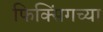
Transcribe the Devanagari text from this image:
फिक्सिंगच्या